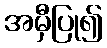
အမှီပြု၍